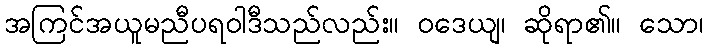
အကြင်အယူမညီပရဝါဒီသည်လည်း။ ဝဒေယျ၊ ဆိုရာ၏။ သော၊